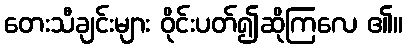
တေးသီချင်းများ ဝိုင်းပတ်၍ဆိုကြလေ ၏။